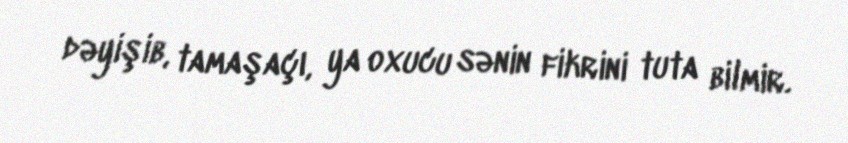
dəyişib, tamaşaçı, ya oxucu sənin fikrini tuta bilmir.